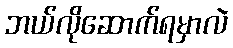
ဘယ်လိုဆောက်ရမှာလဲ